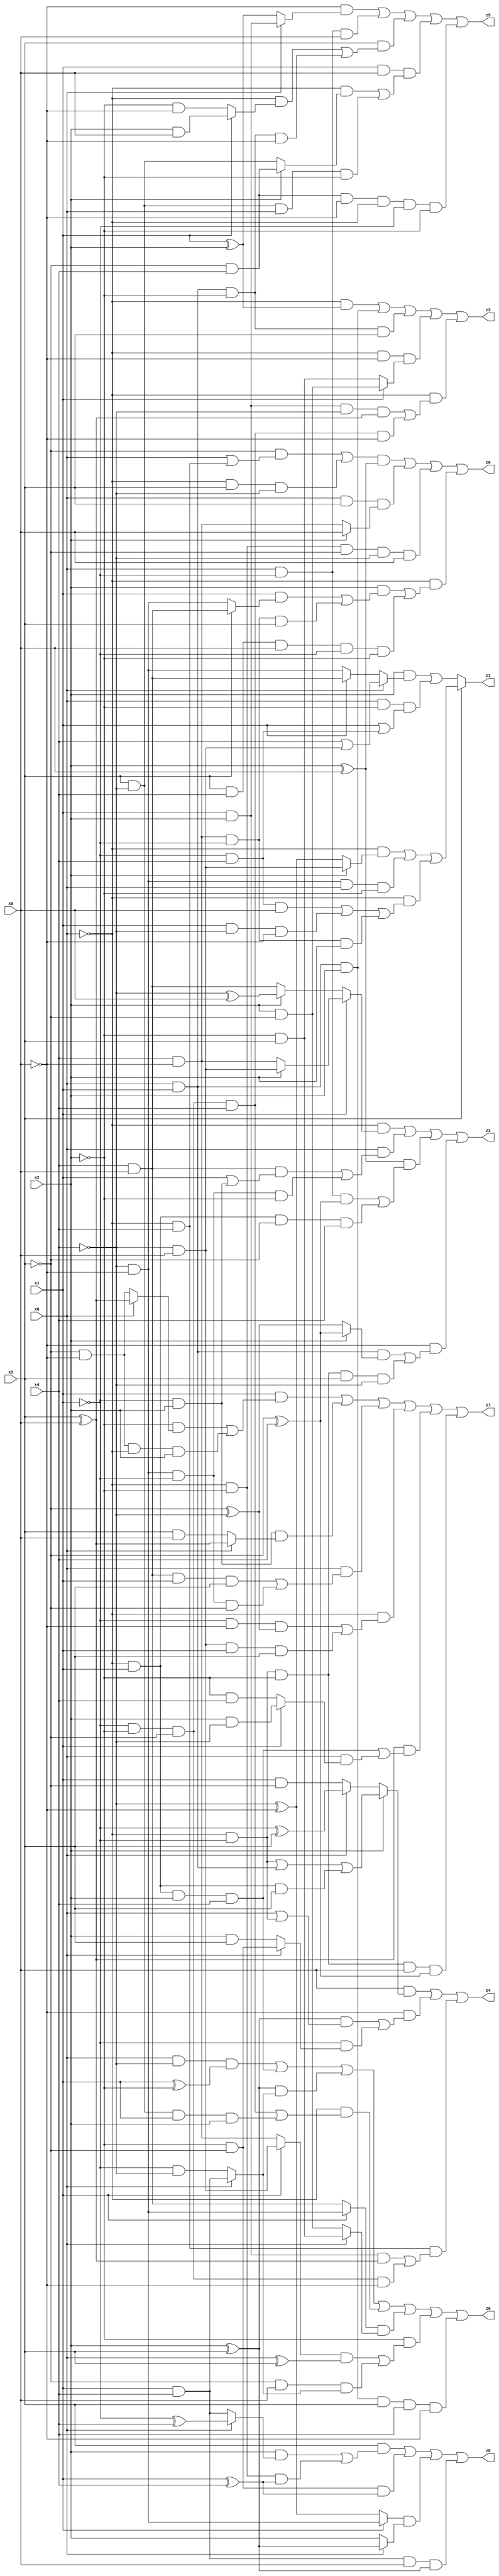
// Benchmark "X_81" written by ABC on Tue Jun 06 22:28:58 2023

module X_81 ( 
    x0, x1, x2, x3, x4, x5,
    z0, z1, z2, z3, z4, z5, z6, z7, z8  );
  input  x0, x1, x2, x3, x4, x5;
  output z0, z1, z2, z3, z4, z5, z6, z7, z8;
  assign z0 = (((~x3 & (x0 | (~x0 & x4))) | (~x0 & x3 & ~x4)) & (x2 ^ x5)) | (x0 & x3 & (x2 ? x5 : (x4 & ~x5))) | (~x0 & ~x2 & ~x3 & ~x4 & x5) | (~x0 & ((x2 & ((x1 & (x3 ? (x4 & x5) : (~x4 & ~x5))) | (x4 & ~x5 & ~x1 & x3))) | (x3 & x4 & x5 & ~x1 & ~x2)));
  assign z1 = x3 ? ((~x0 & (x2 ? (~x4 & x5) : (~x4 ^ ~x5))) | (~x4 & ~x5 & x0 & ~x2) | (~x0 & ((~x1 & x4 & x5) | (x1 & ~x4 & ~x5) | (x4 & ~x5 & ~x1 & x2)))) : ((x2 & (x0 ? (x4 | (~x4 & x5)) : (x1 ? (x4 & x5) : (~x4 & ~x5)))) | (x0 & ~x2 & (x1 | (~x1 & x4))));
  assign z2 = (~x0 & (x1 ? (x2 ? (~x4 & x5) : (x4 & ~x5)) : (x2 ? (~x4 ^ x5) : (x4 & x5)))) | (x0 & ((x4 & x5 & (x1 | (~x1 & x2))) | (~x4 & ~x5 & ~x1 & ~x2))) | ((x2 ^ x5) & ((x0 & ~x1 & (~x3 ^ x4)) | (~x0 & x1 & ~x3 & x4))) | (~x5 & ((x0 & x1 & (x2 ? (~x3 ^ x4) : (~x3 ^ ~x4))) | (~x0 & ~x1 & ~x2 & x3 & ~x4)));
  assign z3 = (~x0 & (x1 ^ x2)) | (x0 & x1 & x2) | (x0 & x1 & ~x2 & x3) | (~x0 & ~x5 & (x1 ? (x2 & ~x3) : (~x2 & x3))) | (~x0 & ((x1 & x2 & ~x4 & (x3 ^ x5)) | (~x1 & ~x2 & ~x3 & x4 & ~x5)));
  assign z4 = (x5 & (x2 ? ((~x0 & ~x1) | (x0 & x1) | (~x0 & x1 & x3)) : (x0 ? (~x1 ^ x3) : (x1 & ~x3)))) | (~x5 & (((x2 ^ x3) & (x0 | (~x0 & ~x1))) | (~x1 & (x0 ? (~x2 & ~x3) : (x2 & x3))))) | (~x0 & x4 & ((x1 & x2 & (x3 ^ x5)) | (~x1 & ~x2 & ~x3 & ~x5)));
  assign z5 = (~x5 & (x0 ? (x1 & x2) : (x1 ^ x2))) | (x0 & ~x1 & x5) | (x3 & ((~x0 & (x1 ? (x2 & x5) : (~x2 & ~x5))) | (x0 & x1 & ~x2 & ~x5))) | (x1 & x5 & ((~x0 & (x2 ? (~x3 & x4) : (x3 & ~x4))) | (x3 & ~x4 & x0 & ~x2))) | (~x3 & x4 & ~x5 & ~x0 & ~x1 & ~x2);
  assign z6 = (x0 & ~x4 & (x1 ^ ~x2)) | (~x0 & x1 & x2 & x4) | ((x2 ^ x3) & (x0 ? (x1 & x4) : (~x1 & ~x4))) | (~x0 & ((~x1 & ~x2 & ~x3 & x4) | (x3 & ~x4 & x1 & x2))) | ((x1 ? (~x4 & ~x5) : (x4 & x5)) & (x0 ? (~x2 & x3) : (x2 & ~x3))) | (~x2 & (((x1 ? (~x4 & x5) : (x4 & ~x5)) & (x0 ^ x3)) | (~x3 & x5 & (x0 ? (x1 & x4) : (~x1 & ~x4))))) | (x0 & x1 & x2 & x3 & x4 & ~x5);
  assign z7 = (x1 & ((~x2 & (x0 ? (x3 ^ x5) : (~x3 & ~x5))) | (~x3 & ~x5 & ~x0 & x2))) | (~x1 & x2 & (x0 ? (x3 ^ x5) : (x3 & x5))) | (x0 & ((x4 & x5 & x1 & x3) | (~x4 & ~x5 & ~x1 & ~x3))) | (~x0 & ((~x1 & ~x5 & (~x3 ^ ~x4)) | (~x4 & x5 & x1 & x3))) | ((x3 ^ x5) & ((~x0 & x1 & x2 & x4) | (x0 & (x1 ? (x2 & ~x4) : (~x2 & x4))))) | (~x0 & ~x1 & ~x2 & x5 & (~x3 ^ x4));
  assign z8 = (x3 & ((x2 & (x0 ? (~x1 ^ x4) : (x1 & x4))) | (~x0 & ~x2 & (x1 ^ x4)))) | (~x2 & ~x3 & (x1 ^ x4)) | ((x1 ? (~x4 & ~x5) : (~x4 ^ ~x5)) & (x0 ? (x2 ^ x3) : x2)) | (x1 & x4 & x5 & (x2 ^ x3));
endmodule